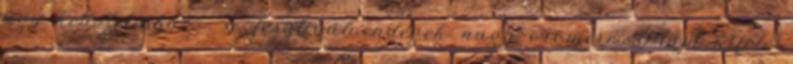
úgy kedvtelésből - a fesztiválvendégek nagy örömére. Majd kifelé